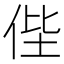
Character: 𠈺